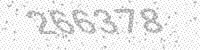
Solution: 266378